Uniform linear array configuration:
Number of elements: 8
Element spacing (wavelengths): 1
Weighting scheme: kaiser
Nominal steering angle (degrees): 45
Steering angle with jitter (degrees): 46.676
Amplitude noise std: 0.05
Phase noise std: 0.05

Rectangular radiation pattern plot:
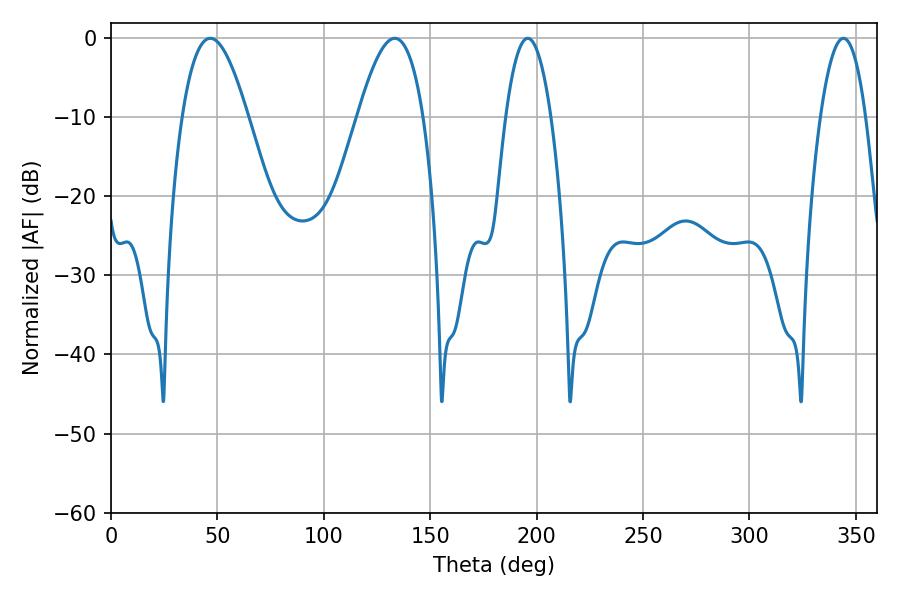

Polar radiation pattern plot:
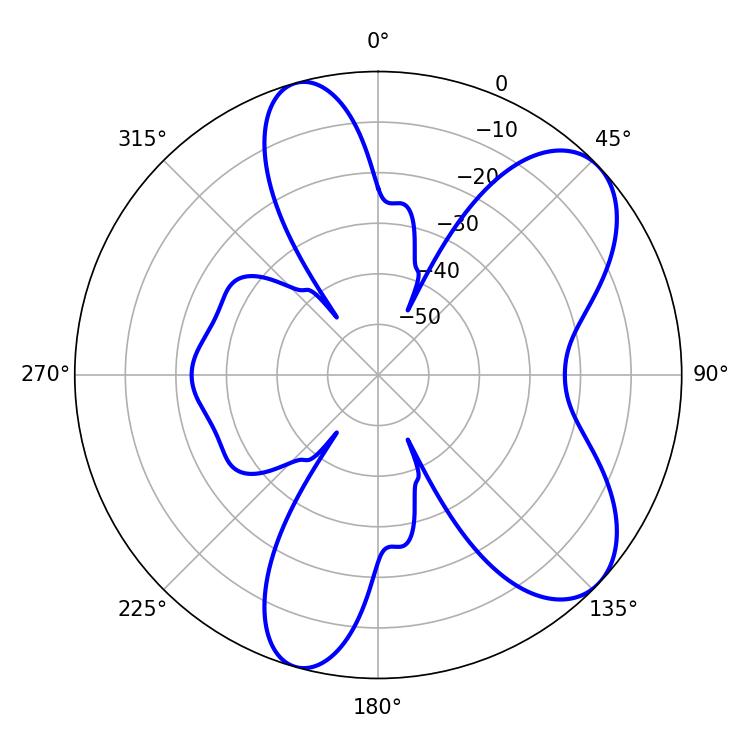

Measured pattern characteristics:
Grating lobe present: TRUE
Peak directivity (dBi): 7.573
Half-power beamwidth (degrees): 11.7
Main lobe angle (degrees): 195.84